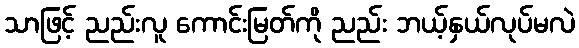
သာဖြင့် ညည်းလူ ကောင်းမြတ်ကို ညည်း ဘယ့်နှယ်လုပ်မလဲ